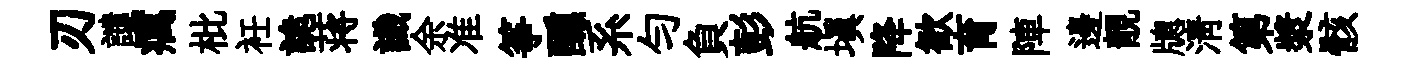
刃譴癘枇衽詭蒋識余准筝醺系匀負彭航填降歓育陣邊靚牕淸第漿骸